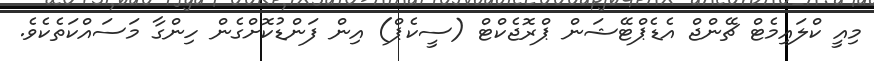
މިއީ ކްލައިމެޓް ޗޭންޖް އެޑެޕްޓޭޝަން ޕްރޮޖެކްޓް (ސީކެޕް) އިން ފަންޑުކޮށްގެން ހިންގާ މަސައްކަތެކެވެ.